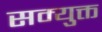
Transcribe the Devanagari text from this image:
सम्युक्त